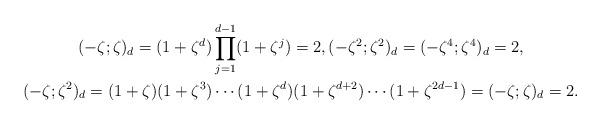
LaTeX: \begin{align*}\begin{gathered}(-\zeta;\zeta)_{d}=(1+\zeta^d)\prod_{j=1}^{d-1}(1+\zeta^j)=2,(-\zeta^2;\zeta^2)_{d}=(-\zeta^4;\zeta^4)_{d}=2,\\(-\zeta;\zeta^2)_{d}=(1+\zeta)(1+\zeta^3)\dotsb(1+\zeta^d)(1+\zeta^{d+2})\dotsb(1+\zeta^{2d-1})=(-\zeta;\zeta)_{d}=2.\end{gathered}\end{align*}